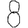
Digit: 8